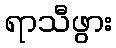
ရာသီဖွား